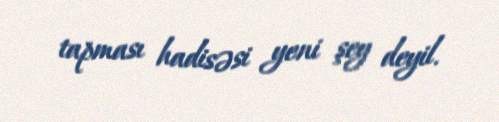
tapması hadisəsi yeni şey deyil.